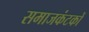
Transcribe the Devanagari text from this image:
समाजकंटकों